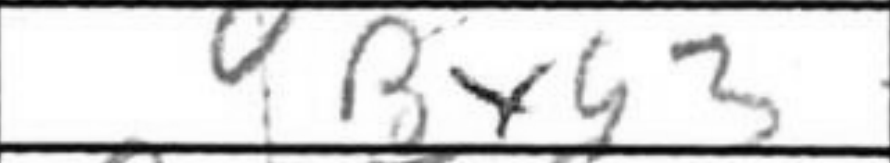
Transcription: Bxg3